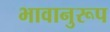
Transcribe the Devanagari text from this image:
भावानुरूप